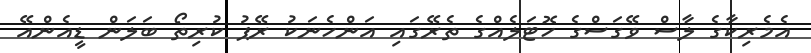
އެމެރިކާގެ ލާސް ވޭގަސްގެ ހޮޓަލެއްގެ ތެރޭގައި އަންހެނަކު ރޭޕު ކުރިތޯ ބަލަން ޑީއެންއޭ